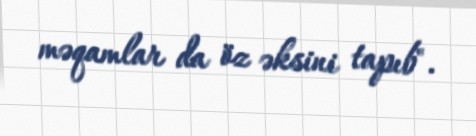
məqamlar da öz əksini tapıb".